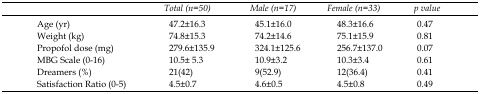
|  | Total (n=50) | Male (n=17) | Female (n=33) | p value |
 | --- | --- | --- | --- | --- |
 | Age (yr) | 47.2±16.3 | 45.1±16.0 | 48.3±16.6 | 0.47 |
 | Weight (kg) | 74.8±15.3 | 74.2±14.6 | 75.1±15.9 | 0.81 |
 | Propofol dose(mg) | 279.6±135.9 | 324.1±125.6 | 256.7±137.0 | 0.07 |
 | MBG Scale(0-16) | 10.5± 5.3 | 10.9±3.2 | 10.3±3.4 | 0.61 |
 | Dreamers (%) | 21(42) | 9(52.9) | 12(36.4) | 0.41 |
 | Satisfaction Ratio (0-5) | 4.5±0.7 | 4.6±0.5 | 4.5±0.8 | 0.49 |